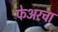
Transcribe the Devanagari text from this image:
फेअरचा